Document type: Community of property
Year: 1312
Scribe: Pere Amorós
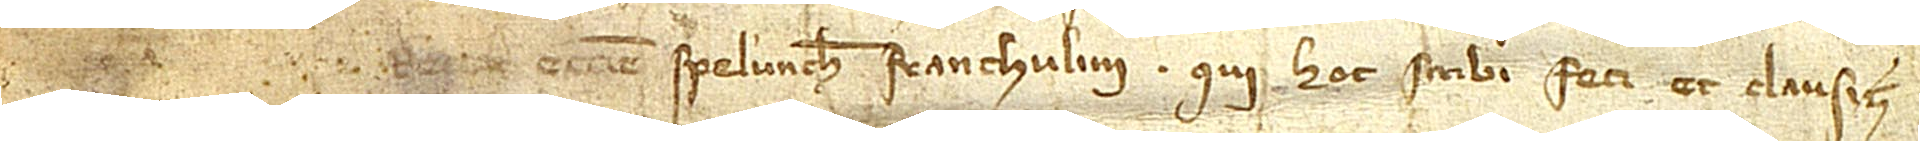
[...], rectoris ecclesie Spelunche Franchulini, qui hoc scribi feci et clausi.